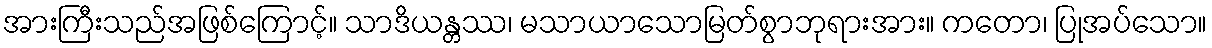
အားကြီးသည်အဖြစ်ကြောင့်။ သာဒိယန္တဿ၊ မသာယာသောမြတ်စွာဘုရားအား။ ကတော၊ ပြုအပ်သော။